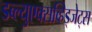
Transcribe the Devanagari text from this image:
डब्ल्युएक्सव्हिड्जेट्स